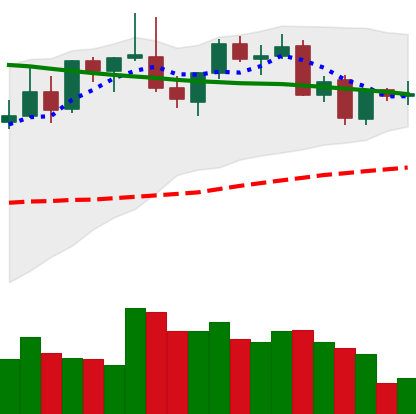
Ticker: LINK-USD
Chart end date: 2021-08-29
Forward return: 19.256%
Label: up_7plus